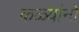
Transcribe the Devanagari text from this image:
कळ्यांनो